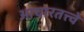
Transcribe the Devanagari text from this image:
आचारतत्त्वे